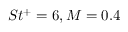
S t ^ { + } = 6 , M = 0 . 4